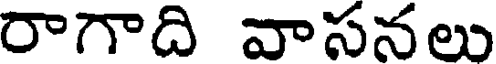
రాగాది వాసనలు